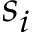
s _ { i }